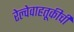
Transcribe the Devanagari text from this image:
रेल्वेवाहतूकीची